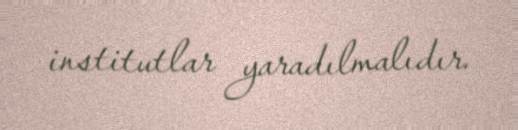
institutlar yaradılmalıdır.